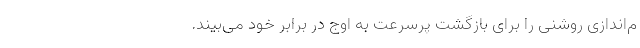
م‌اندازی روشنی را برای بازگشت پرسرعت به اوج در برابر خود می‌بیند.